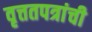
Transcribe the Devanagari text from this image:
वृत्ततपत्रांची